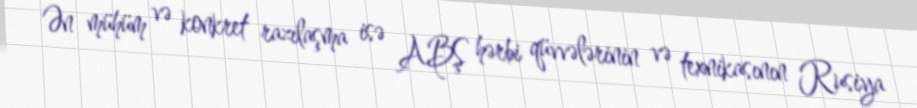
Ən mühüm və konkret razılaşma isə ABŞ hərbi qüvvələrinin və texnikasının Rusiya